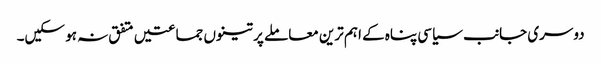
دوسری جانب سیاسی پناہ کے اہم ترین معاملے پر تینوں جماعتیں متفق نہ ہو سکیں۔